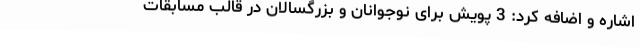
اشاره و اضافه کرد: 3 پویش برای نوجوانان و بزرگسالان در قالب مسابقات